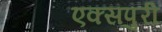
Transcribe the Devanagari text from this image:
एक्‍सपुरी